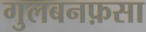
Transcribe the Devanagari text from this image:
गुलबनफ़सा